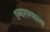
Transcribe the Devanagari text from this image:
एनएएचएल